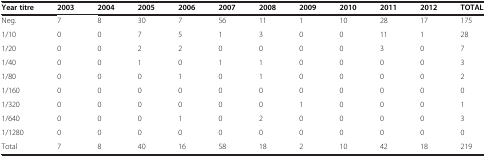
<table><thead><tr><td><b>Year titre</b></td><td><b>2003</b></td><td><b>2004</b></td><td><b>2005</b></td><td><b>2006</b></td><td><b>2007</b></td><td><b>2008</b></td><td><b>2009</b></td><td><b>2010</b></td><td><b>2011</b></td><td><b>2012</b></td><td><b>TOTAL</b></td></tr></thead><tbody><tr><td>Neg.</td><td>7</td><td>8</td><td>30</td><td>7</td><td>56</td><td>11</td><td>1</td><td>10</td><td>28</td><td>17</td><td>175</td></tr><tr><td>1/10</td><td>0</td><td>0</td><td>7</td><td>5</td><td>1</td><td>3</td><td>0</td><td>0</td><td>11</td><td>1</td><td>28</td></tr><tr><td>1/20</td><td>0</td><td>0</td><td>2</td><td>2</td><td>0</td><td>0</td><td>0</td><td>0</td><td>3</td><td>0</td><td>7</td></tr><tr><td>1/40</td><td>0</td><td>0</td><td>1</td><td>0</td><td>1</td><td>1</td><td>0</td><td>0</td><td>0</td><td>0</td><td>3</td></tr><tr><td>1/80</td><td>0</td><td>0</td><td>0</td><td>1</td><td>0</td><td>1</td><td>0</td><td>0</td><td>0</td><td>0</td><td>2</td></tr><tr><td>1/160</td><td>0</td><td>0</td><td>0</td><td>0</td><td>0</td><td>0</td><td>0</td><td>0</td><td>0</td><td>0</td><td>0</td></tr><tr><td>1/320</td><td>0</td><td>0</td><td>0</td><td>0</td><td>0</td><td>0</td><td>1</td><td>0</td><td>0</td><td>0</td><td>1</td></tr><tr><td>1/640</td><td>0</td><td>0</td><td>0</td><td>1</td><td>0</td><td>2</td><td>0</td><td>0</td><td>0</td><td>0</td><td>3</td></tr><tr><td>1/1280</td><td>0</td><td>0</td><td>0</td><td>0</td><td>0</td><td>0</td><td>0</td><td>0</td><td>0</td><td>0</td><td>0</td></tr><tr><td>Total</td><td>7</td><td>8</td><td>40</td><td>16</td><td>58</td><td>18</td><td>2</td><td>10</td><td>42</td><td>18</td><td>219</td></tr></tbody></table>